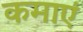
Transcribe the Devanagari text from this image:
कमाएं